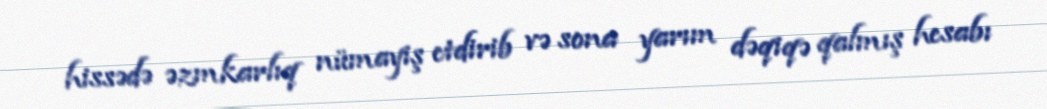
hissədə əzmkarlıq nümayiş etdirib və sona yarım dəqiqə qalmış hesabı